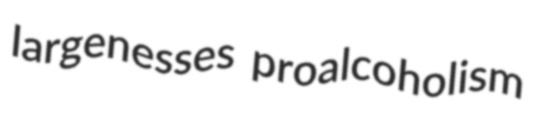
largenesses proalcoholism